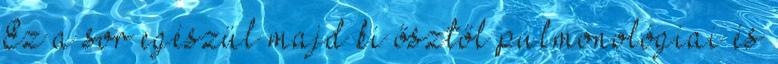
Ez a sor egészül majd ki ősztől pulmonológiai és